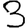
Digit: 3